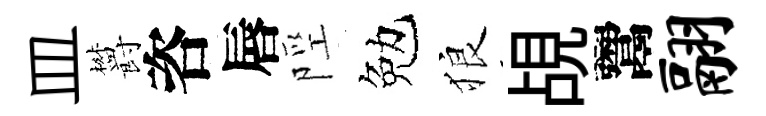
皿欝咨唇陘勉狼覘鬻翮